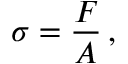
\sigma = { \frac { F } { A } } \, ,